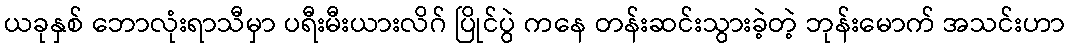
ယခုနှစ် ဘောလုံးရာသီမှာ ပရီးမီးယားလိဂ် ပြိုင်ပွဲ ကနေ တန်းဆင်းသွားခဲ့တဲ့ ဘုန်းမောက် အသင်းဟာ